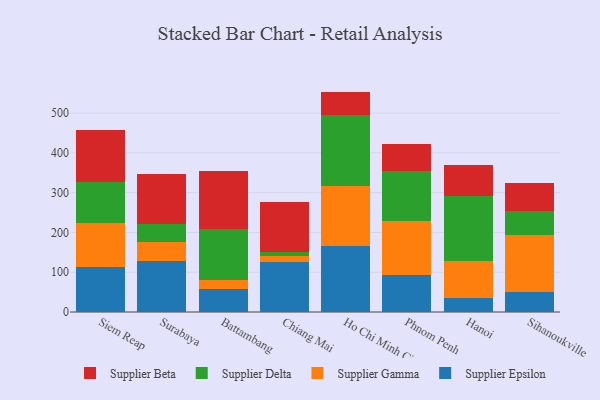
{"axis": {"x": "City", "y": "Page Views"}, "legend": ["Supplier Beta", "Supplier Delta", "Supplier Epsilon", "Supplier Gamma"], "data": [{"x": "Siem Reap", "y": 112.9, "type": "Supplier Epsilon"}, {"x": "Siem Reap", "y": 111.9, "type": "Supplier Gamma"}, {"x": "Siem Reap", "y": 101.7, "type": "Supplier Delta"}, {"x": "Siem Reap", "y": 131.2, "type": "Supplier Beta"}, {"x": "Surabaya", "y": 127.5, "type": "Supplier Epsilon"}, {"x": "Surabaya", "y": 47.6, "type": "Supplier Gamma"}, {"x": "Surabaya", "y": 47.2, "type": "Supplier Delta"}, {"x": "Surabaya", "y": 124.9, "type": "Supplier Beta"}, {"x": "Battambang", "y": 58.1, "type": "Supplier Epsilon"}, {"x": "Battambang", "y": 22.6, "type": "Supplier Gamma"}, {"x": "Battambang", "y": 129.0, "type": "Supplier Delta"}, {"x": "Battambang", "y": 145.8, "type": "Supplier Beta"}, {"x": "Chiang Mai", "y": 126.7, "type": "Supplier Epsilon"}, {"x": "Chiang Mai", "y": 14.9, "type": "Supplier Gamma"}, {"x": "Chiang Mai", "y": 8.1, "type": "Supplier Delta"}, {"x": "Chiang Mai", "y": 127.6, "type": "Supplier Beta"}, {"x": "Ho Chi Minh City", "y": 165.2, "type": "Supplier Epsilon"}, {"x": "Ho Chi Minh City", "y": 151.1, "type": "Supplier Gamma"}, {"x": "Ho Chi Minh City", "y": 179.3, "type": "Supplier Delta"}, {"x": "Ho Chi Minh City", "y": 58.5, "type": "Supplier Beta"}, {"x": "Phnom Penh", "y": 92.3, "type": "Supplier Epsilon"}, {"x": "Phnom Penh", "y": 136.6, "type": "Supplier Gamma"}, {"x": "Phnom Penh", "y": 126.4, "type": "Supplier Delta"}, {"x": "Phnom Penh", "y": 68.3, "type": "Supplier Beta"}, {"x": "Hanoi", "y": 34.5, "type": "Supplier Epsilon"}, {"x": "Hanoi", "y": 94.0, "type": "Supplier Gamma"}, {"x": "Hanoi", "y": 161.9, "type": "Supplier Delta"}, {"x": "Hanoi", "y": 79.2, "type": "Supplier Beta"}, {"x": "Sihanoukville", "y": 50.1, "type": "Supplier Epsilon"}, {"x": "Sihanoukville", "y": 143.0, "type": "Supplier Gamma"}, {"x": "Sihanoukville", "y": 61.4, "type": "Supplier Delta"}, {"x": "Sihanoukville", "y": 68.7, "type": "Supplier Beta"}]}